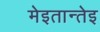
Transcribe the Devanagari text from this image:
मेइतान्तेइ